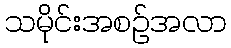
သမိုင်းအစဉ်အလာ